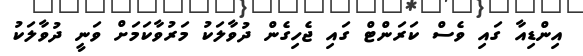
އިންޑިއާ ގައި ވެސް ކަރަންޓް ގައި ޖެހިގެން ދުވާލަކު މަރުވާކަމަށް ވަނީ ދުވާލަކު